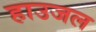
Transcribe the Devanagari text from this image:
हाउजल